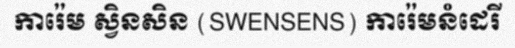
ការ៉េម ស្វិនសិន (SWENSENS) ការ៉េមនំដេរី